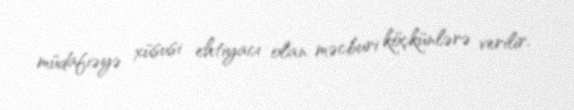
müdafiəyə xüsusi ehtiyacı olan məcburi köçkünlərə verilir.